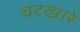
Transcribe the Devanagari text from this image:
चटखारे